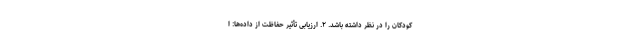
کودکان را در نظر داشته باشد. ۲. ارزیابی تأثیر حفاظت از داده‌ها: ا